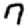
Digit: 7